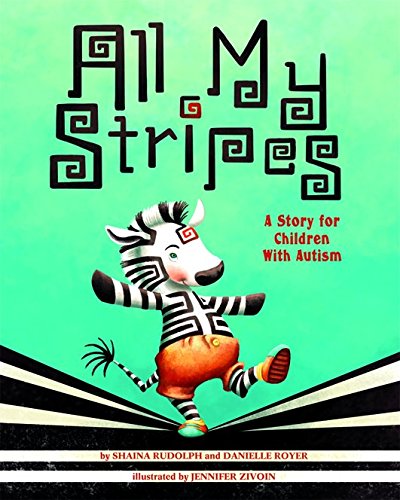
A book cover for All My Stripes: A Story for Children with Autism; Shaina Rudolph and Danielle Royer; Health, Fitness & Dieting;